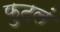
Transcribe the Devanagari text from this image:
फुटलं